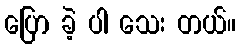
ပြော ခဲ့ ပါ သေး တယ်။